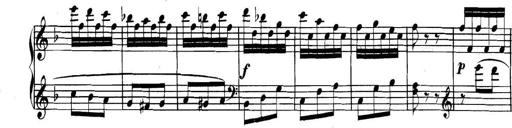
Title: Collected Piano Sonatas
Composer: Muzio Clementi